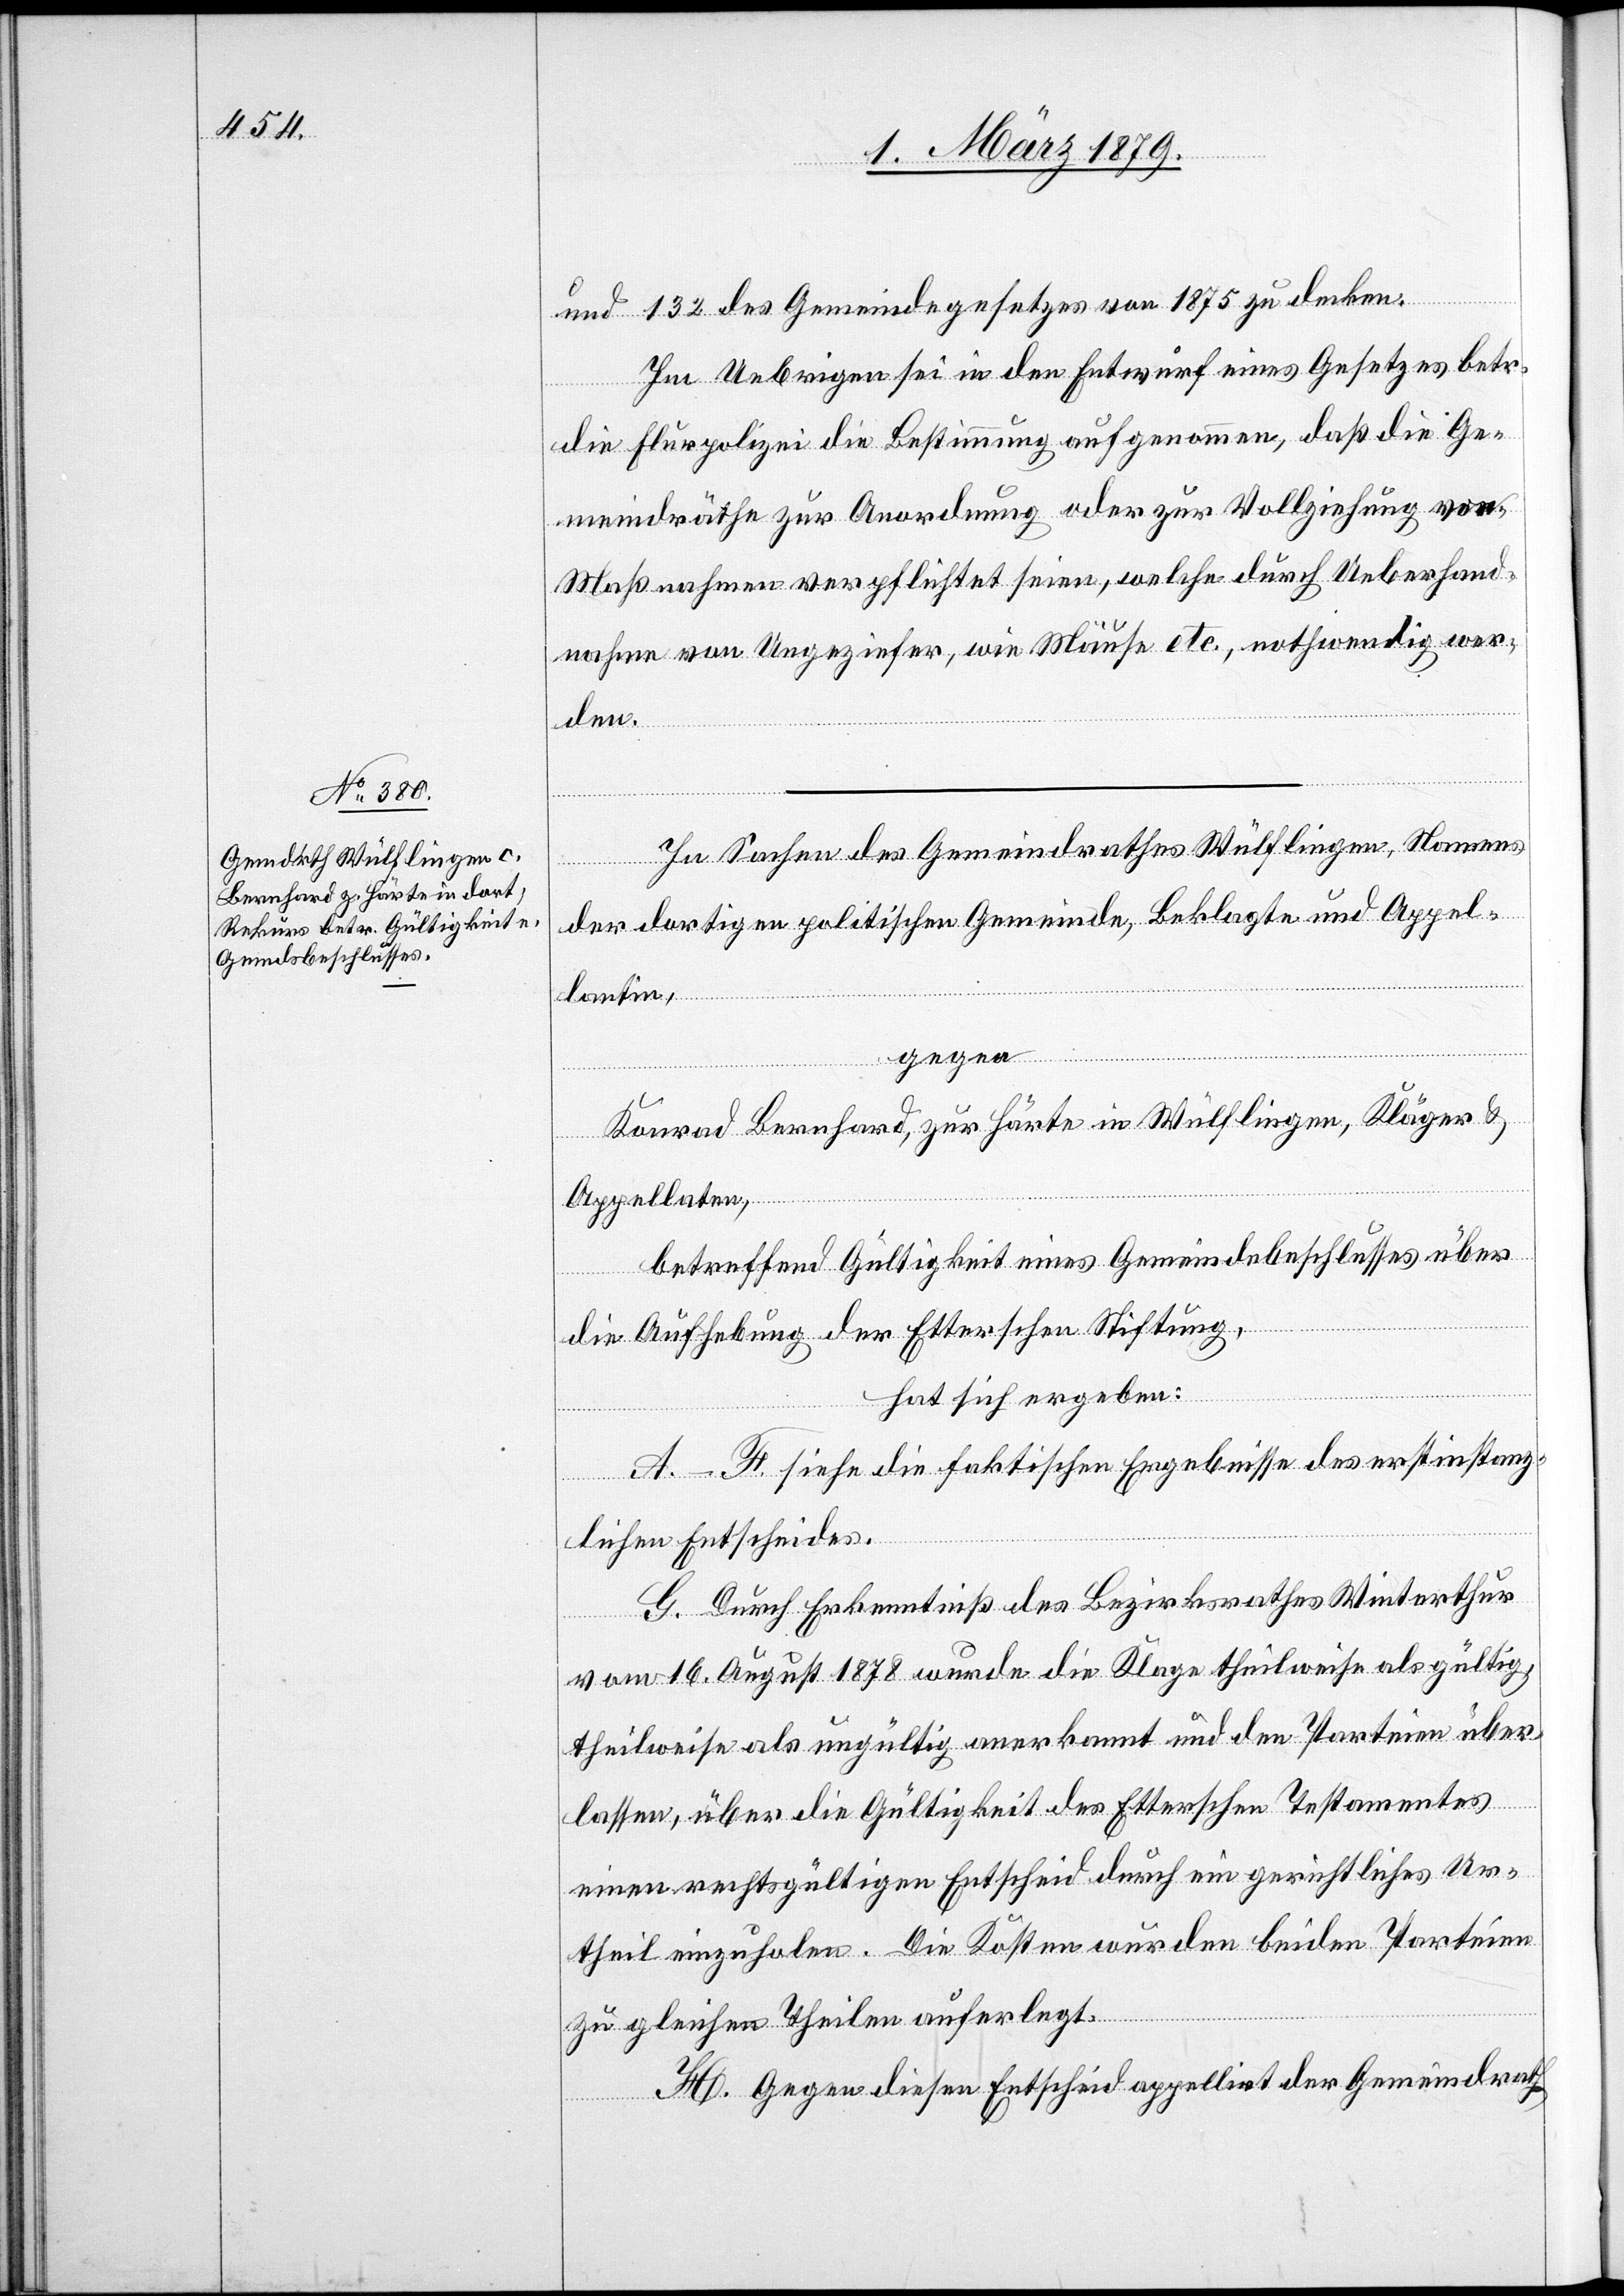
und 132 des Gemeindegesetzes von 1875 zu decken.
Im Uebrigen sei in den Entwurf eines Gesetzes betr.
die Flurpolizei die Bestimmung aufgenommen, daß die Ge¬
meindräthe zur Anordnung oder zur Vollziehung von
Maßnahmen verpflichtet seien, welche durch Ueberhand¬
nahme von Ungeziefer, wie Mäuse etc., nothwendig wer¬
den.
In Sachen des Gemeindrathes Wülflingen, Namens
der dortigen politischen Gemeinde, Beklagte und Appel¬
lantin,
gegen
Konrad Bernhard, zur Härte in Wülflingen, Kläger &
Appellaten,
betreffend Gültigkeit eines Gemeindebeschlusses über
die Aufhebung der Etterschen Stiftung,
hat sich ergeben:
A.–F. siehe die faktischen Ergebnisse des erstinstanz¬
lichen Entscheides.
G. Durch Erkenntniß des Bezirksrathes Winterthur
vom 16. August 1878 wurde die Klage theilweise als gültig,
theilweise als ungültig anerkannt und den Parteien über¬
lassen, über die Gültigkeit des Etterschen Testamentes
einen rechtsgültigen Entscheid durch ein gerichtliches Ur¬
theil einzuholen. Die Kosten wurden den beiden Parteien
zu gleichen Theilen auferlegt.
H. Gegen diesen Entscheid appellirt der Gemeindrath